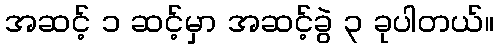
အဆင့် ၁ ဆင့်မှာ အဆင့်ခွဲ ၃ ခုပါတယ်။